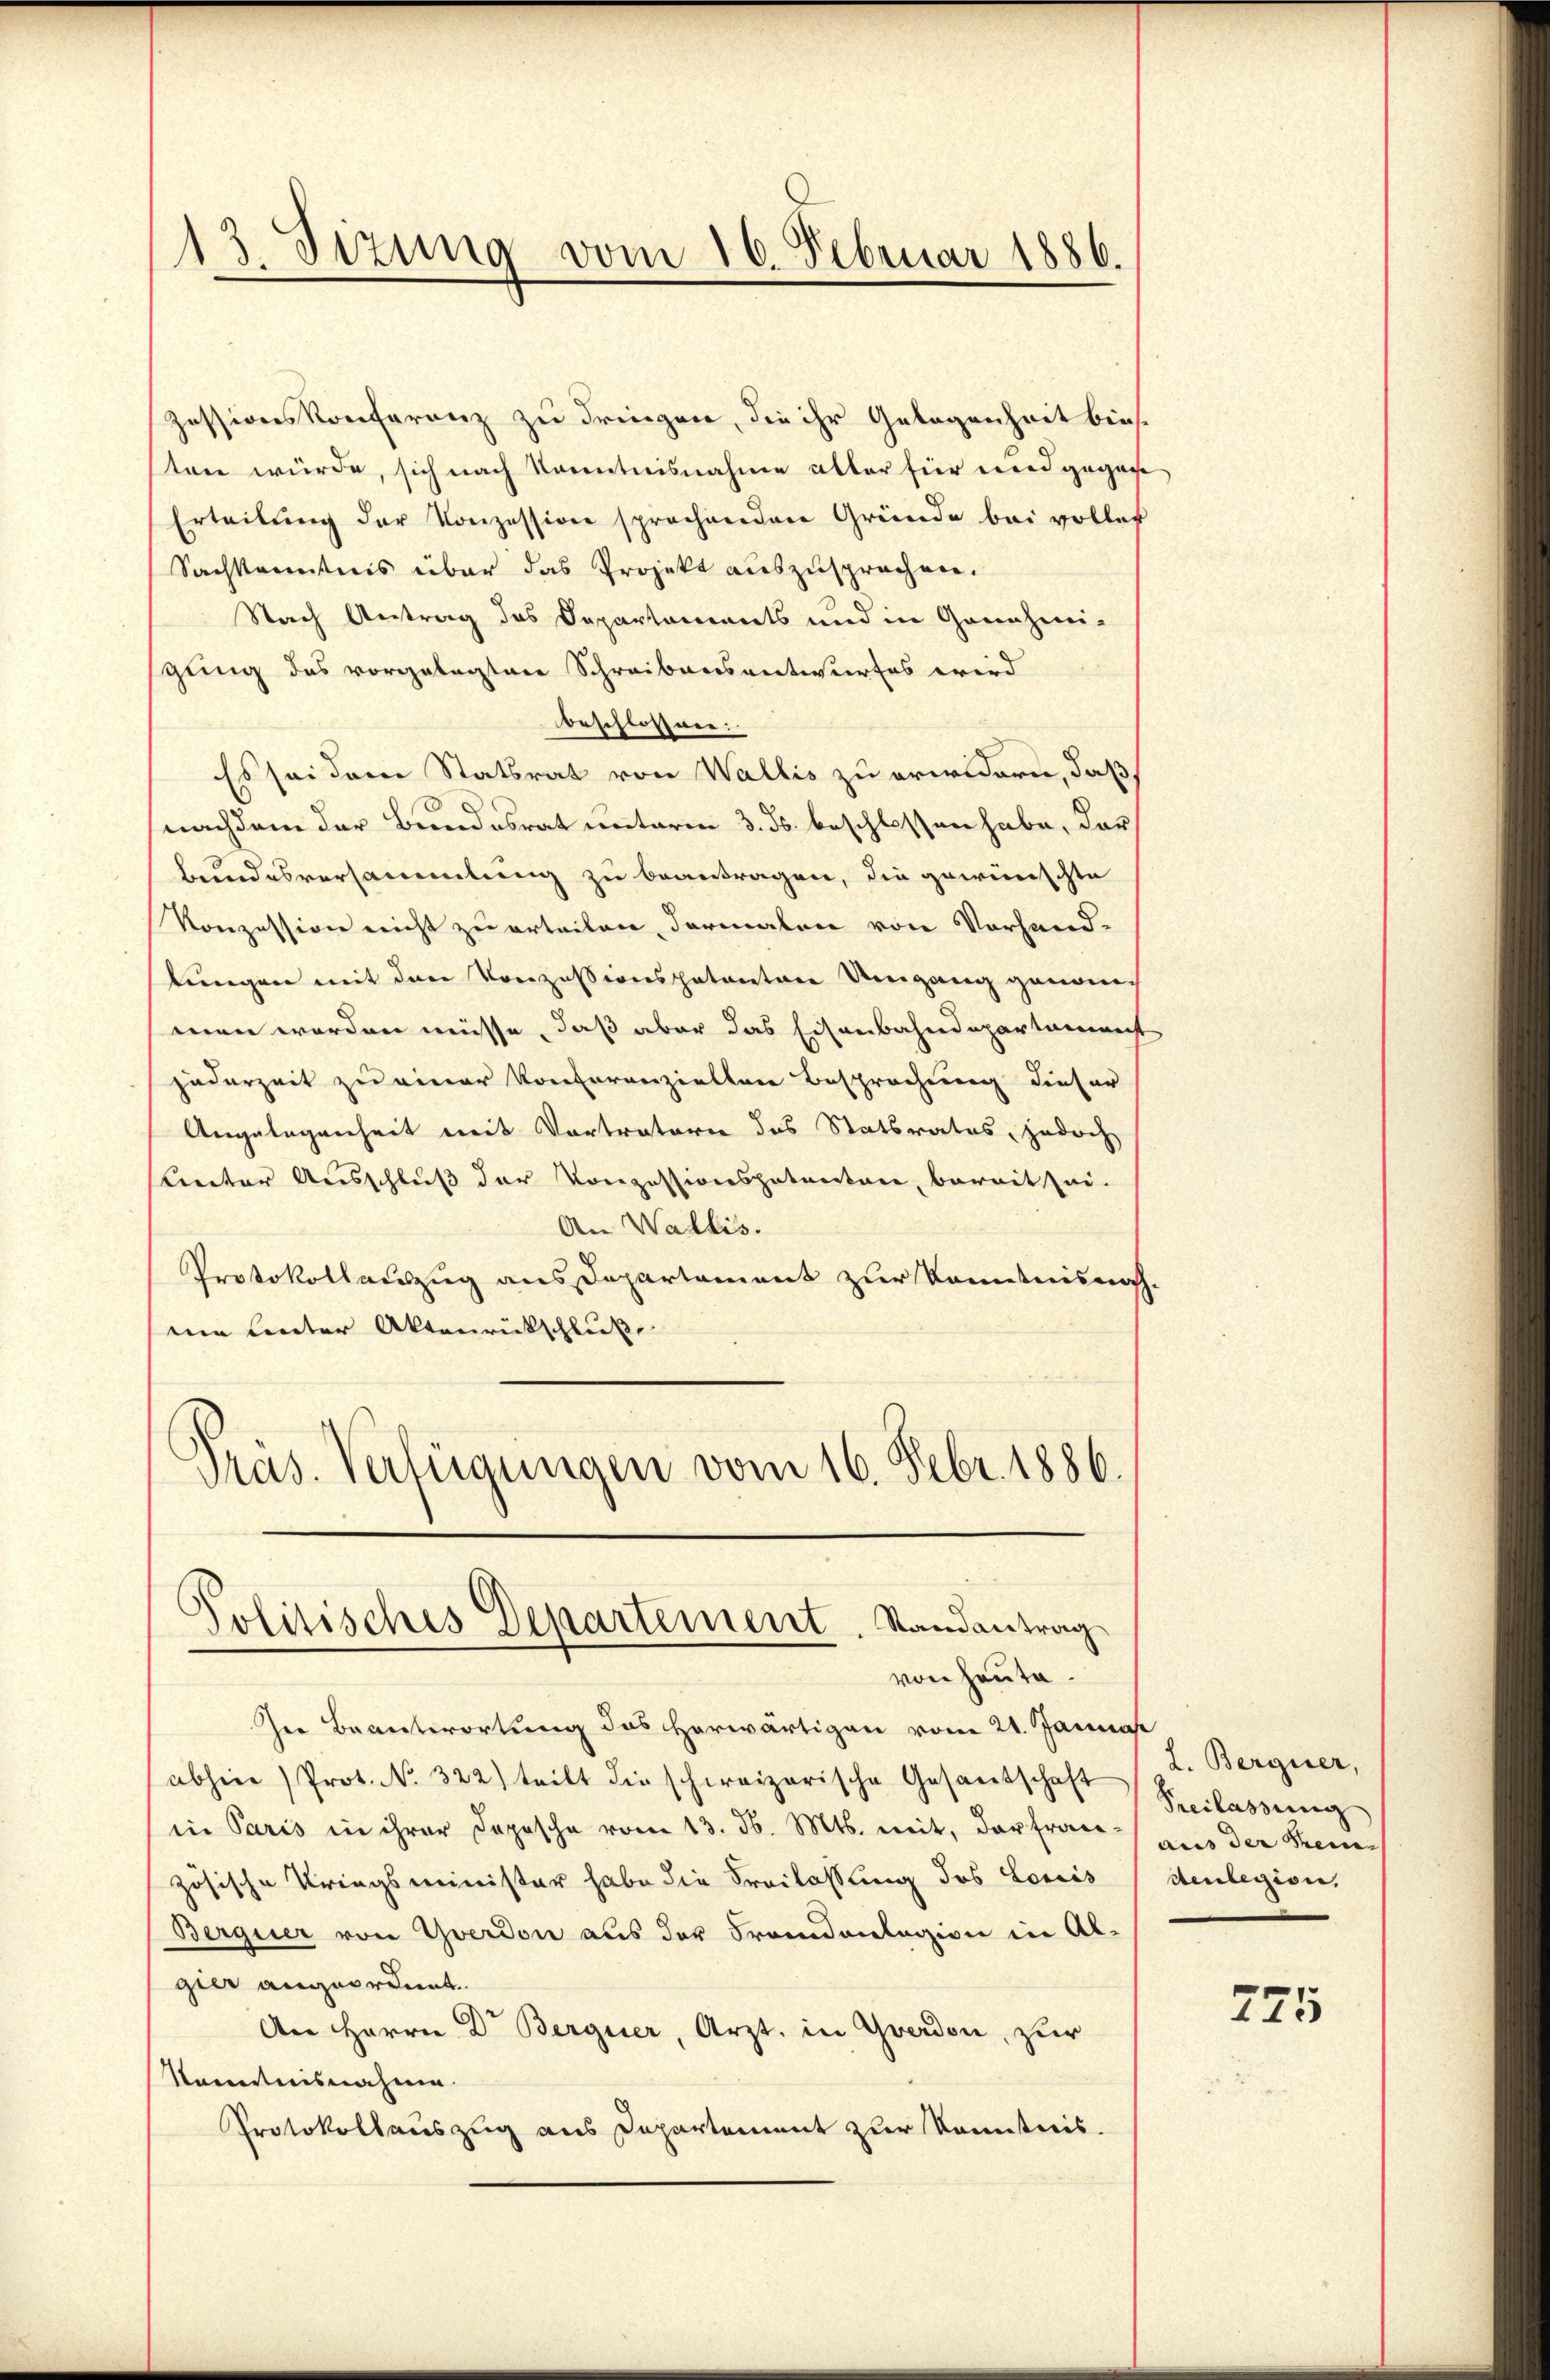
13. Sizung vom 16. Februar 1886.
1

zessionskonferenz zu dringen, die ihr Gelegenheit bin
ten würde, sich nach Kenntnisnahme aller für mied gegan
Erteilŭng der Konzession sprachenden Gründe bei voller
Sachkenntnis über das Projekt auszusprechen.
Nach Antrag des Departaments und in Grenzerei-
gung des vorgelegten Schreibensantwurfes wird
beschlossnen:
Es sei dem Statsrat von Wallis zu erwidern, daß
nachdem der Bundesrat unterm 3. ds. beschlossen habe, das
bundesversammlung zu beantragen, die gewünschte
Konzession nicht zu erteilen, Formalen von Vorhand-
tungen mit den Konzessionspatenten Umgang genommen worden müsse, daß aber das Eisenbahndepartamenst
jederzeit zu einer Konsuranzieller Besprochung dieser
Angelegenheit mit Vortratore das Statsrates, jedoch
Kneter Ausschluß der Konzessionspatenten, bereit sei-
An Wallis.
Protokollauszug aus Departement zur Kenntnisnah
eie Liter Aktenrückschluß
Präs. Verfügungen vom 16. Febr. 1886.
Politisches Departement. Randantrag
von heute.
Der Beantwortung des herwärtigen vom 21. Januar
abhin (Prot. No. 322) teilt die schweizerische Gesantschaft
in Paris in ihrer Depesche vom 13. d. Mts. mit, der fran-
zösische Kriegsminister habe die Freilassung des Louis
Berquer von Yverdon aus der Frandanlagion in Al-
gier angeordnet.
An Herrn Dr. Berguer, Arzt in Yverdon, zur
Namentnisnahme.
Protokollauszug aus Departement zur Kenntnis.

L. Berguer,
Preilassung
aus der Prem-
denlegion,

775